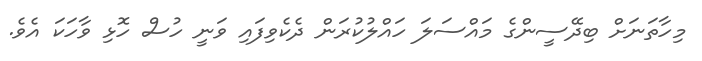
މިހާތަނަށް ބިދޭސީންގެ މައްސަލަ ހައްލުކުރަން ދެކެވިފައި ވަނީ ހުސް ހޮޅި ވާހަކަ އެވެ.